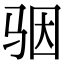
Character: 骃